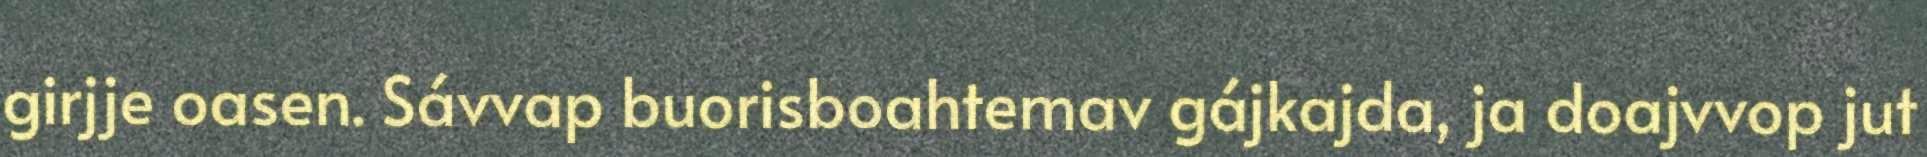
girjje oasen. Sávvap buorisboahtemav gájkajda, ja doajvvop jut